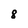
Character: 8